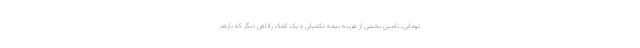
تومانی، تامین بخشی از هزینه بیمه تکمیلی و یک کمک رفاهی دیگر که بازهم